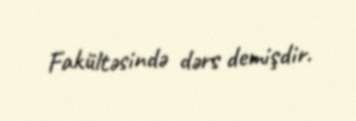
Fakültəsində dərs demişdir.